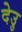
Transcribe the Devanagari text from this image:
देउु